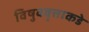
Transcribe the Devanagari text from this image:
विषुववृत्ताकडे